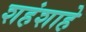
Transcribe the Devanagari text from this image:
शहंशाहे